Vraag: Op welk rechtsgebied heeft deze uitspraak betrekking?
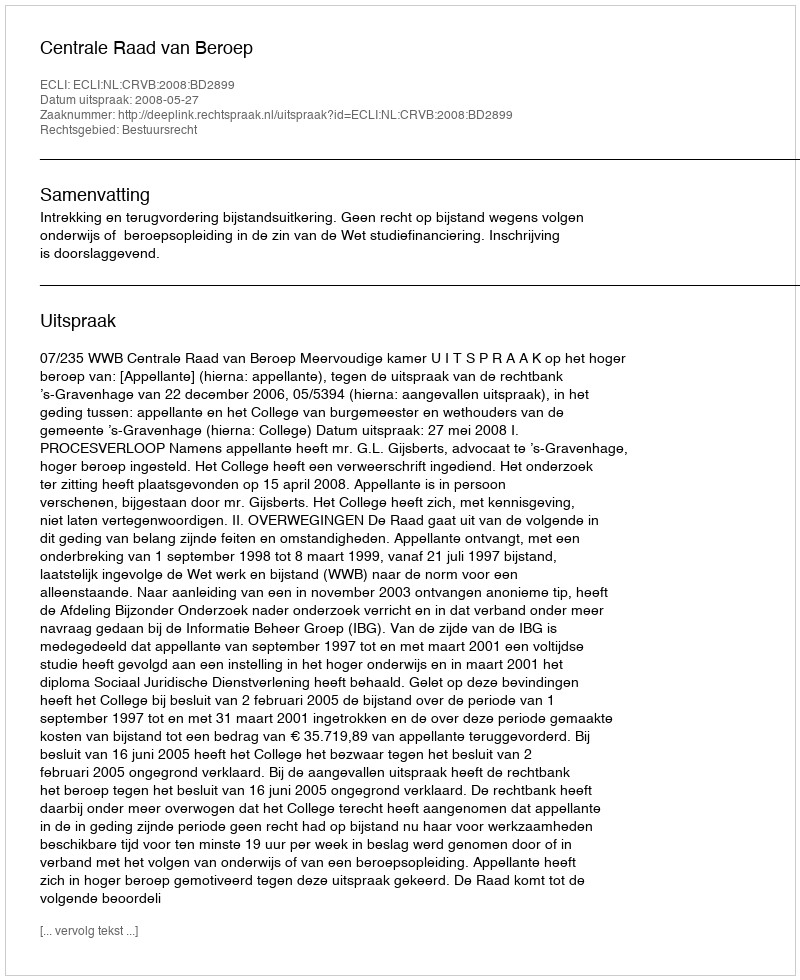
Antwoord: Bestuursrecht